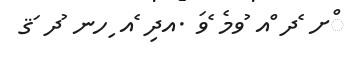
ްށ ެދ ްއ ުވމެ ެވަ .އދި ެއ ިހނ ުދ ަޤ